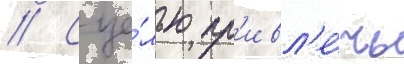
// С це́лью пр'ивл'е́чь